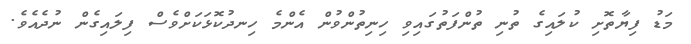
މަޑު ފިޔާތޮށި ކުލައިގެ ތުނި ތުންފަތުގައިވި ހިނިތުންވުން އެންމެ ހިނދުކޮޅަކަށްވެސް ފިލައިގެން ނުދެއެވެ.